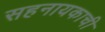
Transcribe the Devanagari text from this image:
सहनायकाची